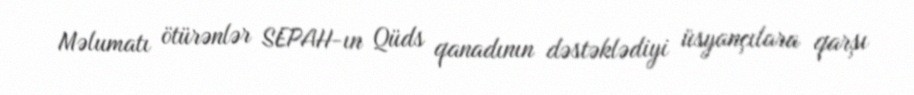
Məlumatı ötürənlər SEPAH-ın Qüds qanadının dəstəklədiyi üsyançılara qarşı